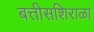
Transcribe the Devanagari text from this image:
बत्तीसशिराळा